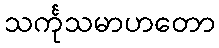
သင်္ကုသမာဟတော